Leaving Certificate Examination, 1920
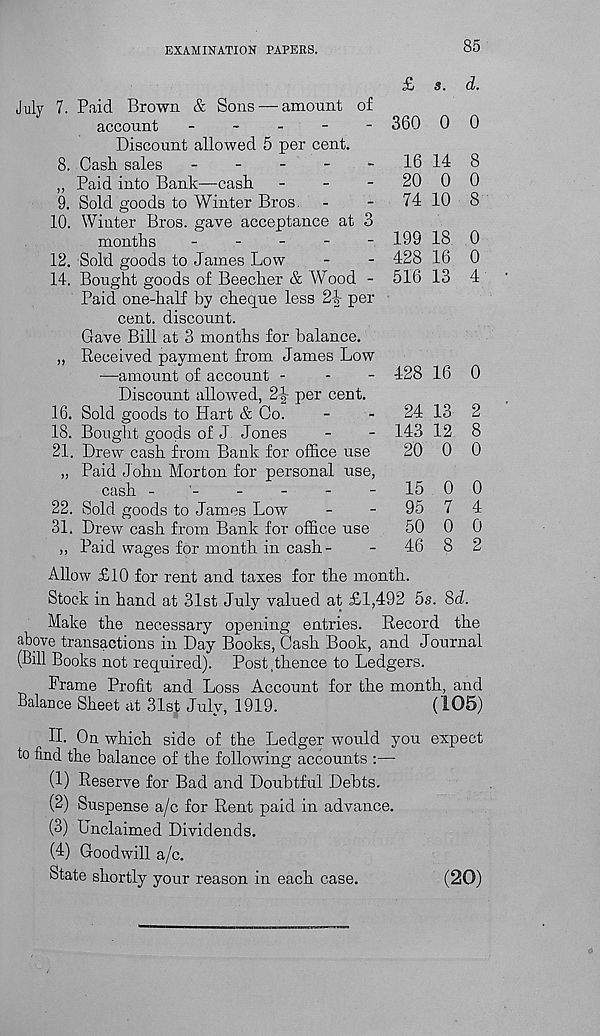
EXAMINATION PAPERS.
85
July 7.
9.
10.
12.
14.
16.
18.
21
22,
31,
Paid Brown & Sons — amount of
account
-
-
-
-
-
Discount allowed 5 per cent.
Cash sales
_
_
-
-
-
Paid into Bank—-cash
-
-
-
Sold goods to Winter Bros.
Winter Bros, gave acceptance at 3
months
-
-
-
-
-
Sold goods to James Low
Bought goods of Beecher & Wood -
Paid one-half by cheque less 2p per
cent, discount.
Gave Bill at 3 months for balance.
Received payment from James Low
—amount of account -
Discount allowed, 2^ per cent.
Sold goods to Hart & Co.
Bought goods of J Jones
Drew cash from Bank for office use
Paid John Morton for personal use,
cash ------
Sold goods to James Low
Drew cash from Bank for office use
Paid wages for month in cash-
£ s. d.
360 0 0
16 14 8
20 0 0
74 10 8
199 18 0
428 16 0
516 13 4
- 428 16 0
24 13 2
143 12 8
20 0 0
15 0 0
95 7 4
50 0 0
46 8 2
Allow £10 for rent and taxes for the month.
Stock in hand at 31st July valued at £1,492 5s. 8d.
Make the necessary opening entries. Record the
above transactions in Day Books, Cash Book, and Journal
(Bill Books not required). Postjkence to Ledgers.
Frame Profit and Loss Account for the month, and
Balance Sheet at 31st July, 1919.
(105)
II. On which side of the Ledger would you expect
to find the balance of the following accounts :—
(1) Reserve for Bad and Doubtful Debts.
(2) Suspense a/c for Rent paid in advance.
(3) Unclaimed Dividends.
(4) Goodwill a/c.
State shortly your reason in each case.
(20)